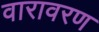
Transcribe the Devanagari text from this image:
वारावरण